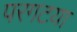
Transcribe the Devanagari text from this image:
परगटया